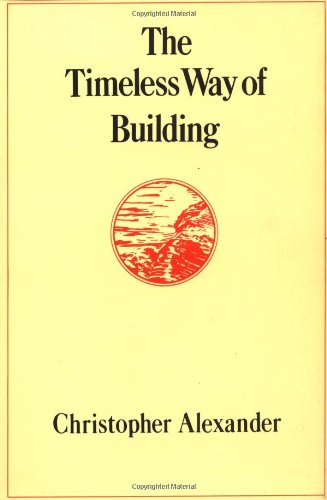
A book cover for The Timeless Way of Building; Christopher Alexander; Engineering & Transportation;